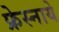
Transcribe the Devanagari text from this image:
फ्रेस्नाये